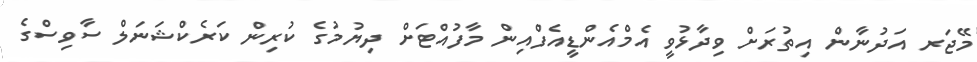
މޭޖަރ އަދުނާން އިތުރަށް ވިދާޅުވީ އެމްއެންޑީއެފްއިން މާފުއްޓަށް ދިޔުމުގެ ކުރިން ކަރެކްޝަނަލް ސާވިސްގެ